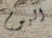
اليوم